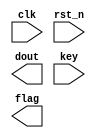
module counter_key (
    input           clk     ,
    input           rst_n   ,
    output [16:0]   dout    ,
    input           key     ,
    output     reg      flag    
);





endmodule